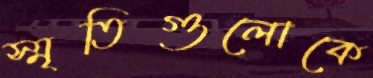
স্মৃতিগুলোকে